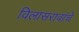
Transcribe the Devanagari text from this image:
विलासरावांचे